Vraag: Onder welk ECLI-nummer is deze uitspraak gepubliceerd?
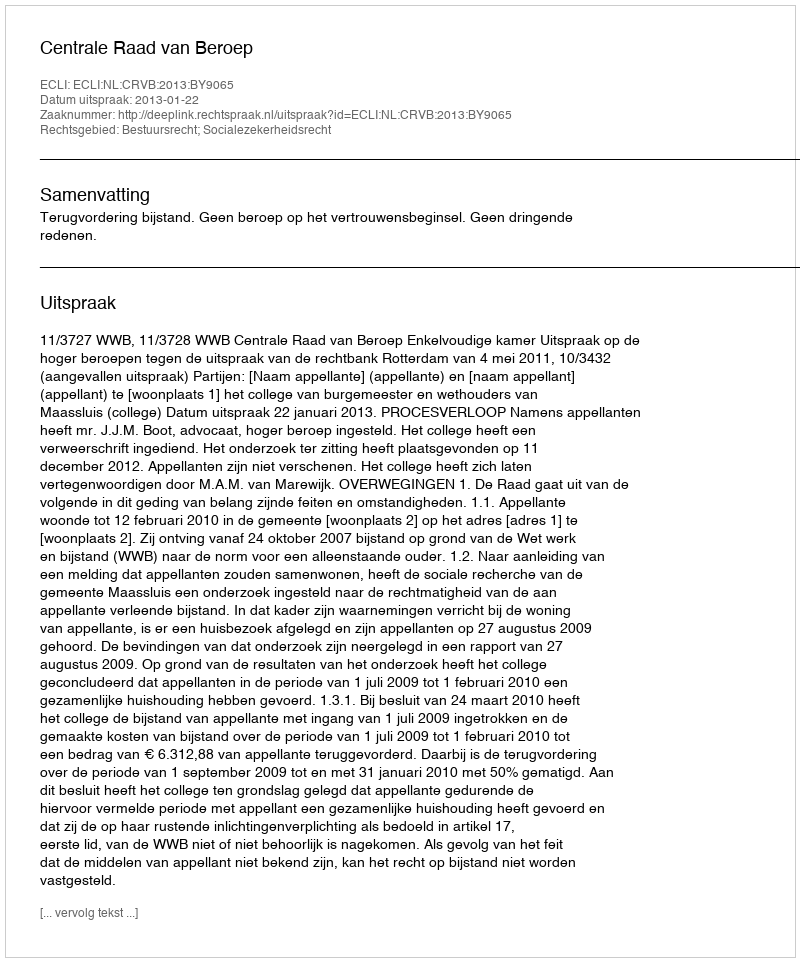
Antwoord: ECLI:NL:CRVB:2013:BY9065